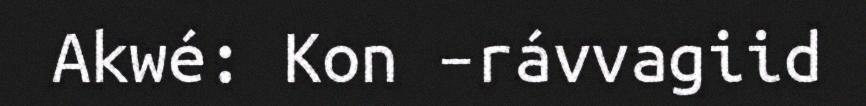
Akwé: Kon –rávvagiid